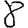
Digit: 8